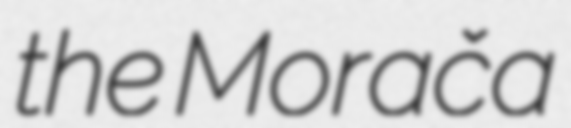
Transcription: the Morača